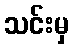
သင်းမှ